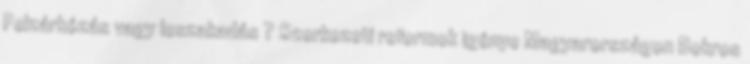
Felzárkózás vagy leszakadás ? Szerkezeti reformok igénye Magyarországon Bokros